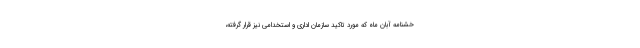
خشنامه آبان ماه که مورد تاکید سازمان اداری و استخدامی نیز قرار گرفته،